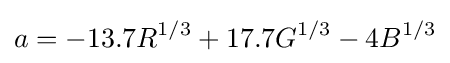
a=-13.7R^{1/3}+17.7G^{1/3}-4B^{1/3}